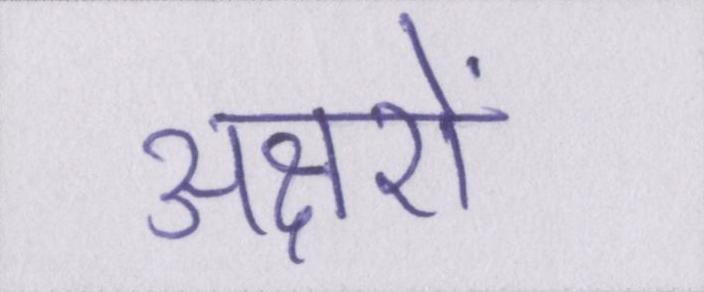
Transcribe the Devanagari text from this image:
अक्षरों